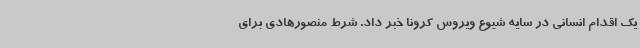
یک اقدام انسانی در سایه شیوع ویروس کرونا خبر داد. شرط منصورهادی برای